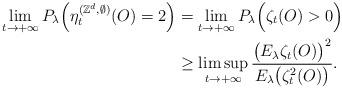
LaTeX: \begin{align*}\lim_{t\rightarrow+\infty}P_\lambda\Big(\eta_t^{(\mathbb{Z}^d,\emptyset)}(O)=2\Big)&=\lim_{t\rightarrow+\infty}P_\lambda\Big(\zeta_t(O)>0\Big) \\&\geq \limsup_{t\rightarrow+\infty}\frac{\big(E_\lambda\zeta_t(O)\big)^2}{E_\lambda\big(\zeta_t^2(O)\big)}.\end{align*}